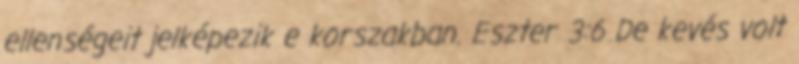
ellenségeit jelképezik e korszakban. Eszter 3:6 De kevés volt